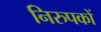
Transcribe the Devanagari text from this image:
निरुपकों